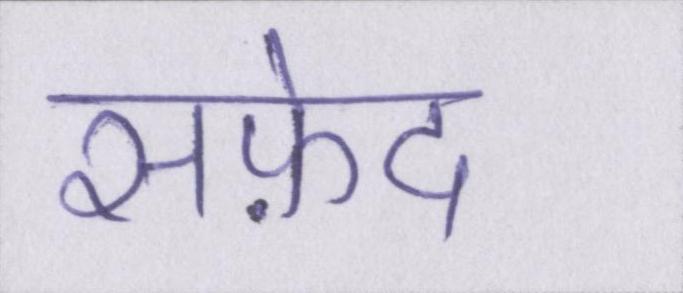
सफ़ेद